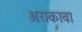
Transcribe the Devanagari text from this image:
अराकावा